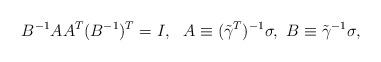
LaTeX: \begin{align*}&B^{-1}AA^T(B^{-1})^T=I,\,\,\,\, A\equiv(\tilde\gamma^T)^{-1}\sigma,\,\,B\equiv \tilde\gamma^{-1}\sigma,\end{align*}